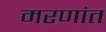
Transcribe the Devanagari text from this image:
मरणांत